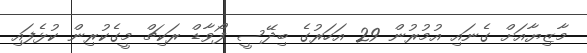
މާޒިޔާއަށް ގެނައި އުމުރުން 29 އަހަރުގެ ބިދޭސީ ފޯވާޑް ރަކިޗް މީގެކުރިން ކުޅެފައި